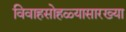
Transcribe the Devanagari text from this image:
विवाहसोहळ्यासारख्या